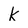
Character: k